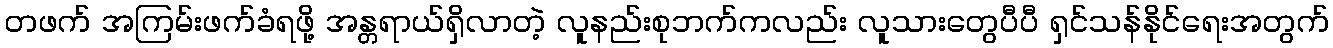
တဖက် အကြမ်းဖက်ခံရဖို့ အန္တရာယ်ရှိလာတဲ့ လူနည်းစုဘက်ကလည်း လူသားတွေပီပီ ရှင်သန်နိုင်ရေးအတွက်